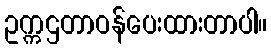
ဥက္ကဌတာဝန်ပေးထားတာပါ။